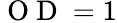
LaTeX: \mathrm{~O~D~}=1